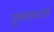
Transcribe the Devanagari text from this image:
तृणामाजी